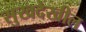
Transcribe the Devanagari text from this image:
सुखदेखील